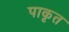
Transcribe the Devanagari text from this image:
पाकृत